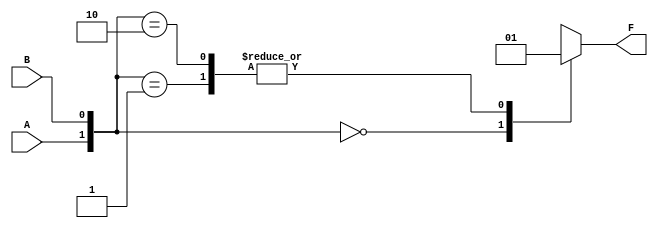
module combinational_logic (
    input wire A,    // 1st input
    input wire B,    // 2nd input
    output reg F     // Output
);

// Combinational logic using Don't Care conditions
always @(*) begin
    case ({A, B})
        2'b00: F = 1'b0;  // For input 00, output is 0
        2'b01: F = 1'b1;  // For input 01, output is 1
        2'b10: F = 1'b1;  // For input 10, output is 1
        2'b11: F = 1'bx;  // For input 11, output is Don't Care
        default: F = 1'b0; // Default case (optional)
    endcase
end

endmodule